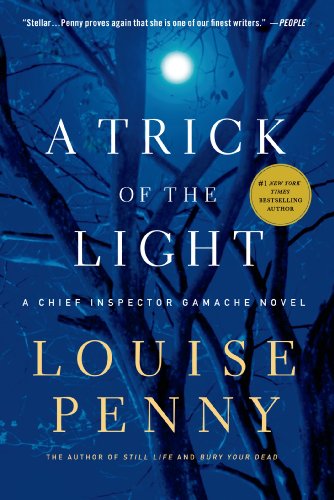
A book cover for A Trick of the Light (Chief Inspector Gamache, Book 7) (Chief Inspector Gamache Novel); Louise Penny; Mystery, Thriller & Suspense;